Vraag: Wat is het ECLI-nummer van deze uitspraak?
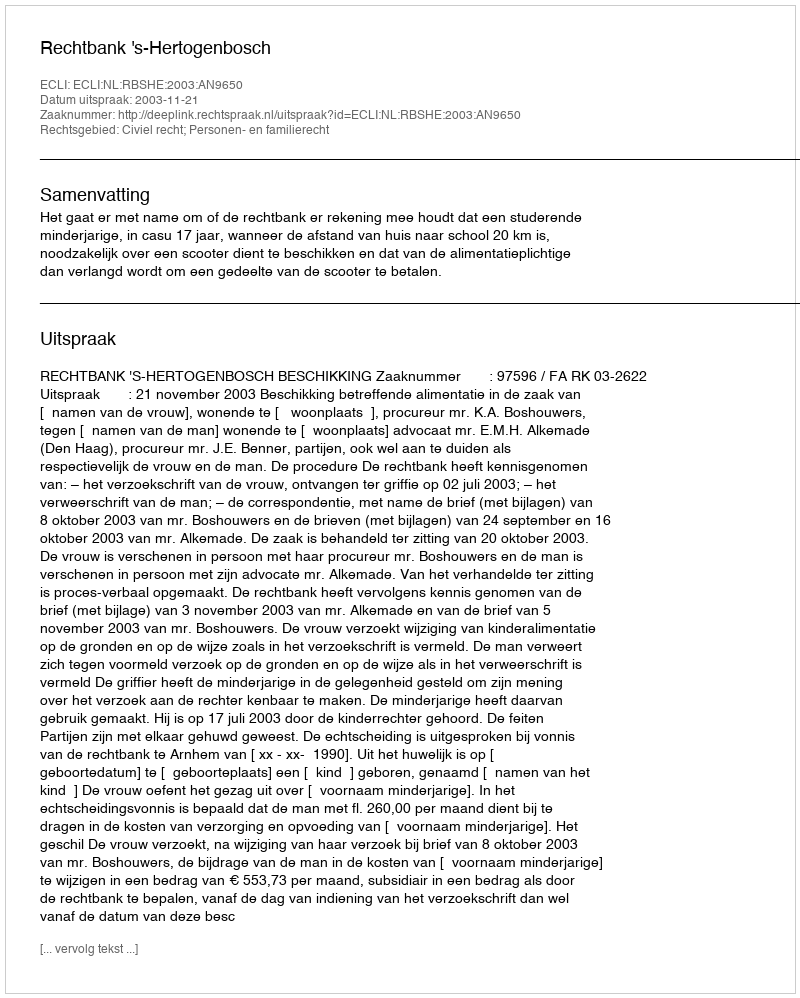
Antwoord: ECLI:NL:RBSHE:2003:AN9650